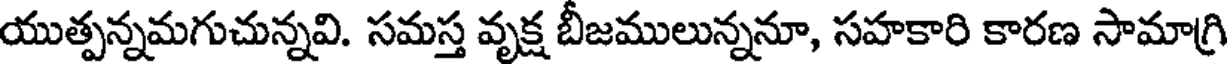
యుత్పన్నమగుచున్నవి. సమస్త వృక్ష బీజములున్ననూ, సహకారి కారణ సామాగ్రి